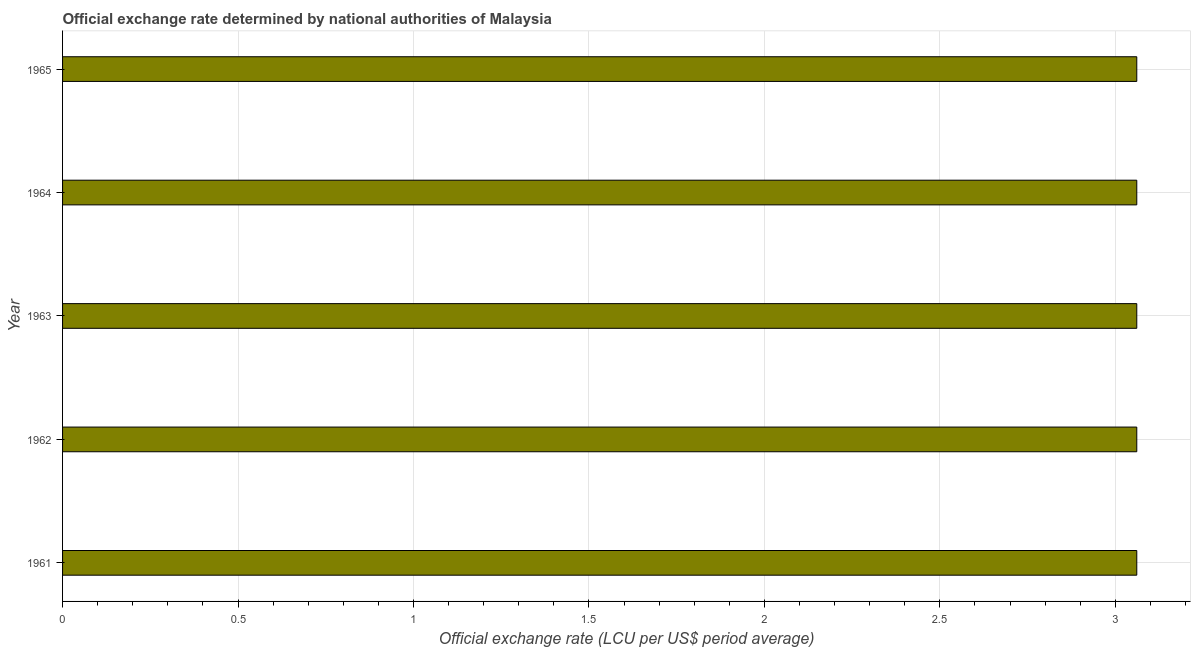
| Year | Official exchange rate |
 | --- | --- |
 | 1961 | 3.06 |
 | 1962 | 3.06 |
 | 1963 | 3.06 |
 | 1964 | 3.06 |
 | 1965 | 3.06 |